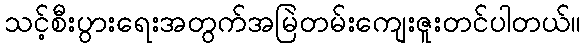
သင့်စီးပွားရေးအတွက်အမြဲတမ်းကျေးဇူးတင်ပါတယ်။